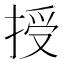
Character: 授